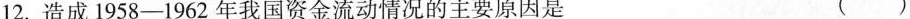
12.造成1958-1962年我国资金流动情况的主要原因是（）